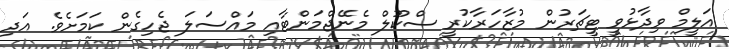
އަލީމް ވިދާޅުވީ ޓީޗަރުން މުޒާހަރާކުރީ ސްކޫލް މެނޭޖްމަންޓާއި މައްސަލަ ޖެހިގެން ކަމަށެވެ. އަދި